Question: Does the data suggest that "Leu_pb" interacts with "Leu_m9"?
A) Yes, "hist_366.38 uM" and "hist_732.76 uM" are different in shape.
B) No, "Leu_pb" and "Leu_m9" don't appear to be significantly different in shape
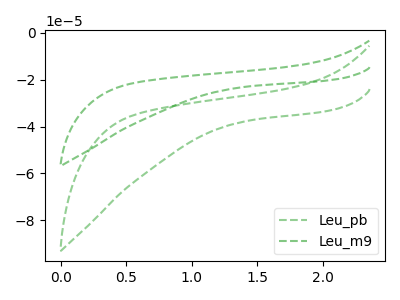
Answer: <think>The green dashed curve "Leu_pb" has no peaks. The green dashed curve "Leu_m9" has no peaks.
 Neither "Leu_pb" or "Leu_m9" have any peaks.</think>
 <answer>B) No, "Leu_pb" and "Leu_m9" don't appear to be significantly different in shape</answer>
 <eval>B</eval>